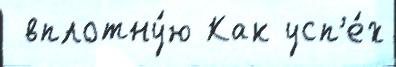
 вплотну́ю Как усп'е́х